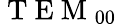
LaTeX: \mathrm{~T~E~M~}_{00}